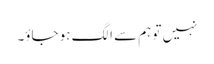
نہیں تو ہم سے الگ ہو جاؤ۔